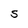
Character: S